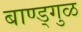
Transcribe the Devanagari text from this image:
बाण्ड्गुळ